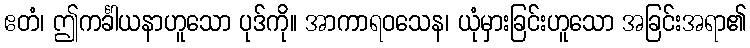
ဧတံ၊ ဤကင်္ခါယနာဟူသော ပုဒ်ကို။ အာကာရဝသေန၊ ယုံမှားခြင်းဟူသော အခြင်းအရာ၏